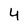
Character: 4